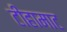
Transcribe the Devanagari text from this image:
टीहामाट